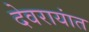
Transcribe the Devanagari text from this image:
देवरायांत